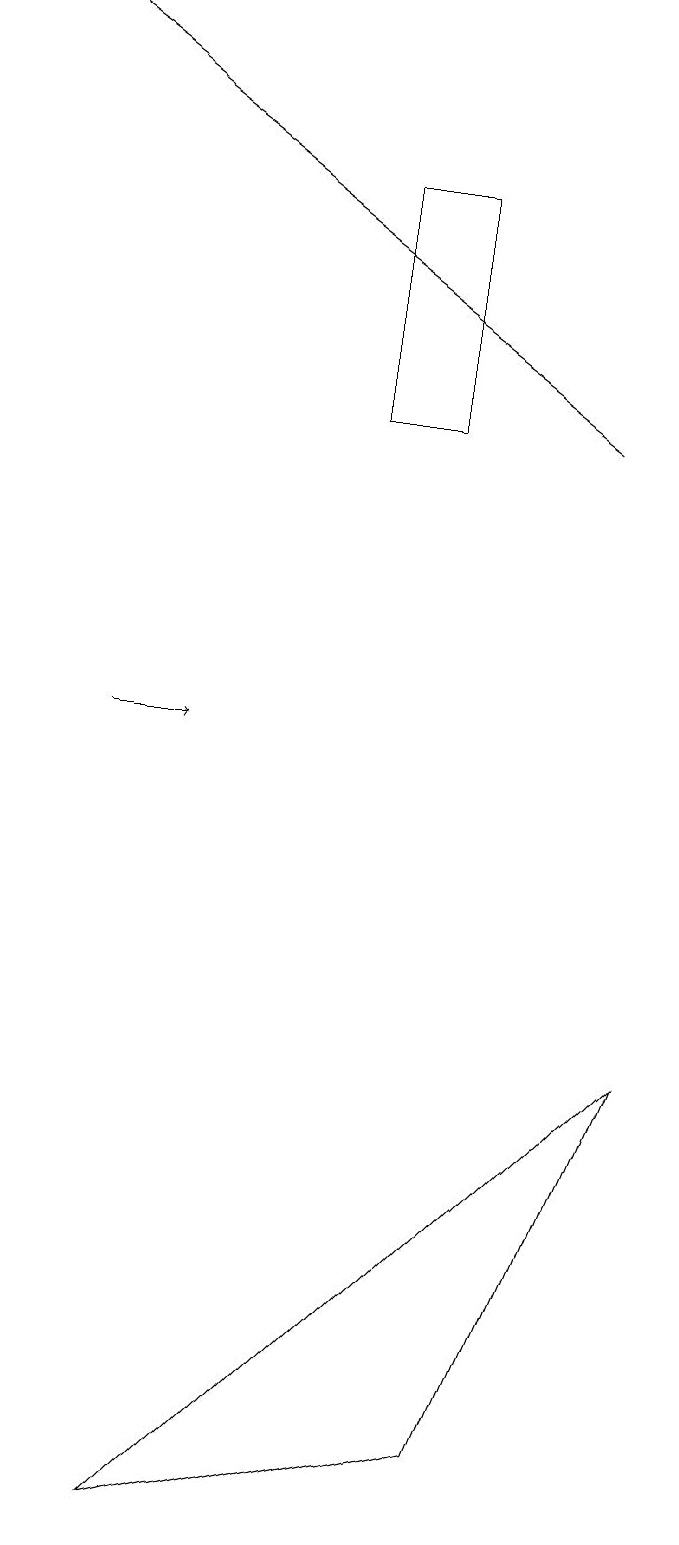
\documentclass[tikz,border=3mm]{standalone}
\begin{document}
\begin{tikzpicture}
\draw (5,14) rectangle (4,17);
\draw[->] (1,10) -- (2,10);
\draw[->] (7,14) -- (0,19);
\draw (8,6) -- (6,1) -- (2,0) -- cycle;
\draw (4,16) rectangle (4,16);
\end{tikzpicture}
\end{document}